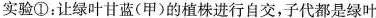
实验①：让绿叶甘蓝(甲)的植株进行自交，子代都是绿叶